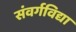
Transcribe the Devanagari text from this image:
संवर्गविद्या